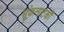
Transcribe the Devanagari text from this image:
मूकनाटकों